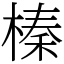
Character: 榛